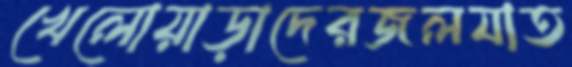
খেলোয়াড়াদেরজলযাত